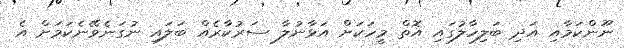
ނޫންކަމާއި އަދި ބަލިހާލުގައި އޮތް މީހަކަށް އަޅާނުލާ ސަރުކާރެއް ބަލައި ނުގަނެވޭނެކަމަށް އެ